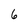
Character: 6